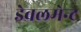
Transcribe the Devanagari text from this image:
डेवलमेन्ट